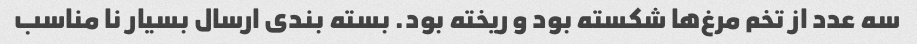
سه عدد از تخم مرغ‌ها شکسته بود و ریخته بود. بسته بندی ارسال بسیار نا مناسب